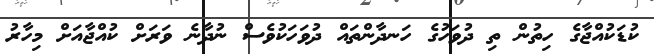
ކުޑަކުއްޖާގެ ހިތުން ތި ދުވަހުގެ ހަނދާންތައް ދުވަހަކުވެސް ނުދާނެ ވަރަށް ކުއްޖާއަށް މިހާރު